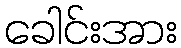
ခေါင်းအား